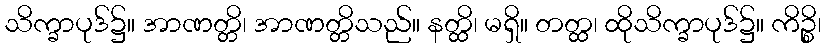
သိက္ခာပုဒ်၌။ အာဏတ္တိ၊ အာဏတ္တိသည်။ နတ္ထိ၊ မရှိ။ တတ္ထ၊ ထိုသိက္ခာပုဒ်၌။ ကိဉ္စိ၊